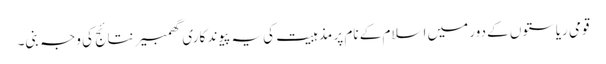
قومی ریاستوں کے دور میں اسلام کے نام پر مذہبیت کی یہ پیوند کاری گھمبیر نتائج کی وجہ بنی۔